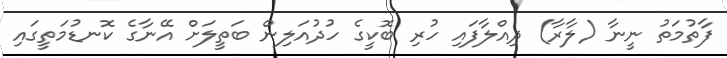
ފާތުމަތު ނީނާ (ލާރާ) ދިއްލާފައި ހުރި ބޮކީގެ ހުދުއަލިން ބަތީލަށް އޭނާގެ ކޮނޑުމަތީގައި